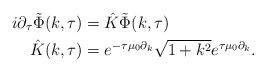
\begin{align*}i\partial_{\tau}\tilde{\Phi}(k, \tau) &= \hat{K}\tilde{\Phi}(k, \tau) \\\hat{K}(k, \tau) &= e^{-\tau\mu_{0}\partial_{k}} \sqrt{1+k^{2}} e^{\tau\mu_{0}\partial_{k}}. \end{align*}